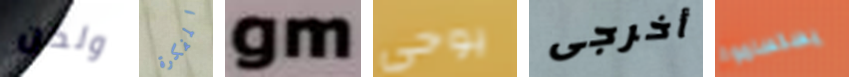
ولكن المفكرة gm يوحي أخرجى يستسلموا